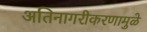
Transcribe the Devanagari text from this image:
अतिनागरीकरणामुळे